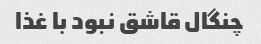
چنگال قاشق نبود با غذا